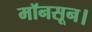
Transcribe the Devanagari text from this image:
मॉनसून।